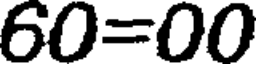
60=00